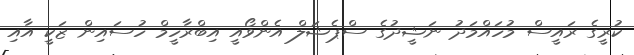
ކުރީގެ ރައީސް މުހައްމަދު ނަޝީދުގެ ސްޕެޝަލް އެންވޯއީ އިބްރާހީމް ހުސައިން ޒަކީ އާއި